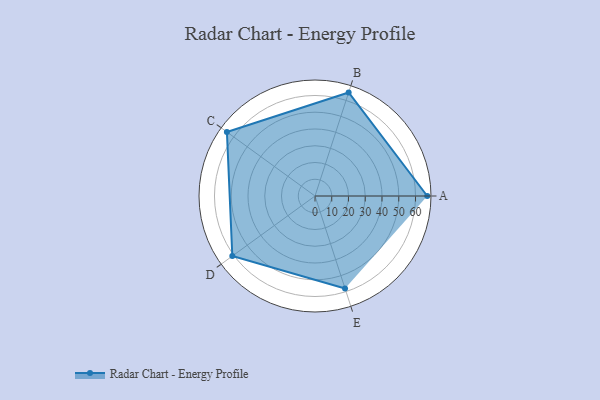
{"axis": {"x": "Skill", "y": "Score"}, "legend": ["Profile"], "data": [{"x": "A", "y": 67.0, "type": "Profile"}, {"x": "B", "y": 65.0, "type": "Profile"}, {"x": "C", "y": 65.0, "type": "Profile"}, {"x": "D", "y": 61.0, "type": "Profile"}, {"x": "E", "y": 58.0, "type": "Profile"}]}